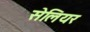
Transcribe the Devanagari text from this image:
सेलियर